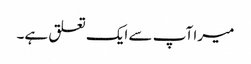
میرا آپ سے ایک تعلق ہے۔